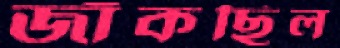
জাঁকছিল